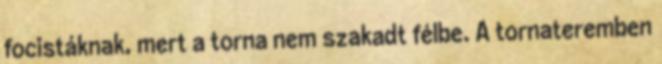
focistáknak, mert a torna nem szakadt félbe. A tornateremben